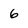
Character: 6